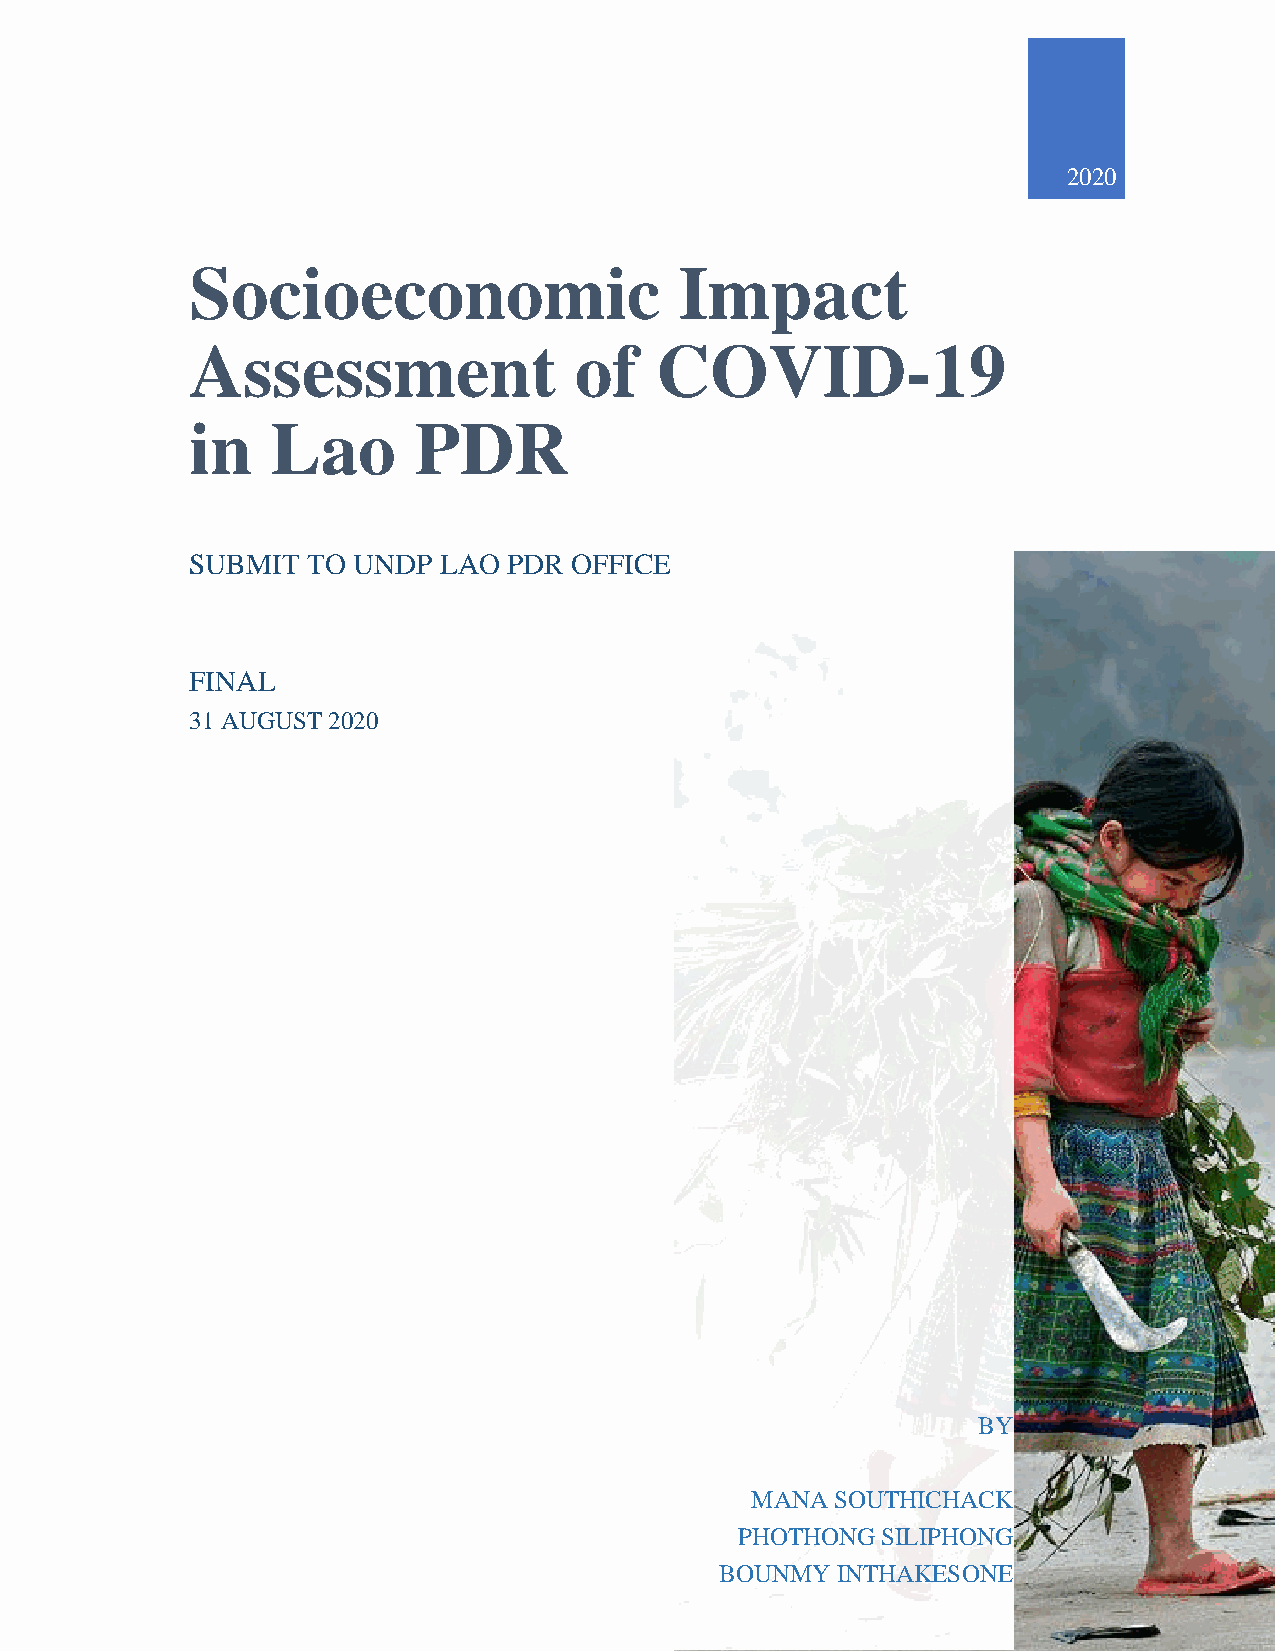
2020
 Socioeconomic                   Impact
 Assessment               of   COVID-19
 in   Lao      PDR
 SUBMIT TO UNDP  LAO  PDR OFFICE
 FINAL
 31 AUGUST 2020
 BY
 MANA SOUTHICHACK
 PHOTHONG SILIPHONG
 BOUNMY INTHAKESONE